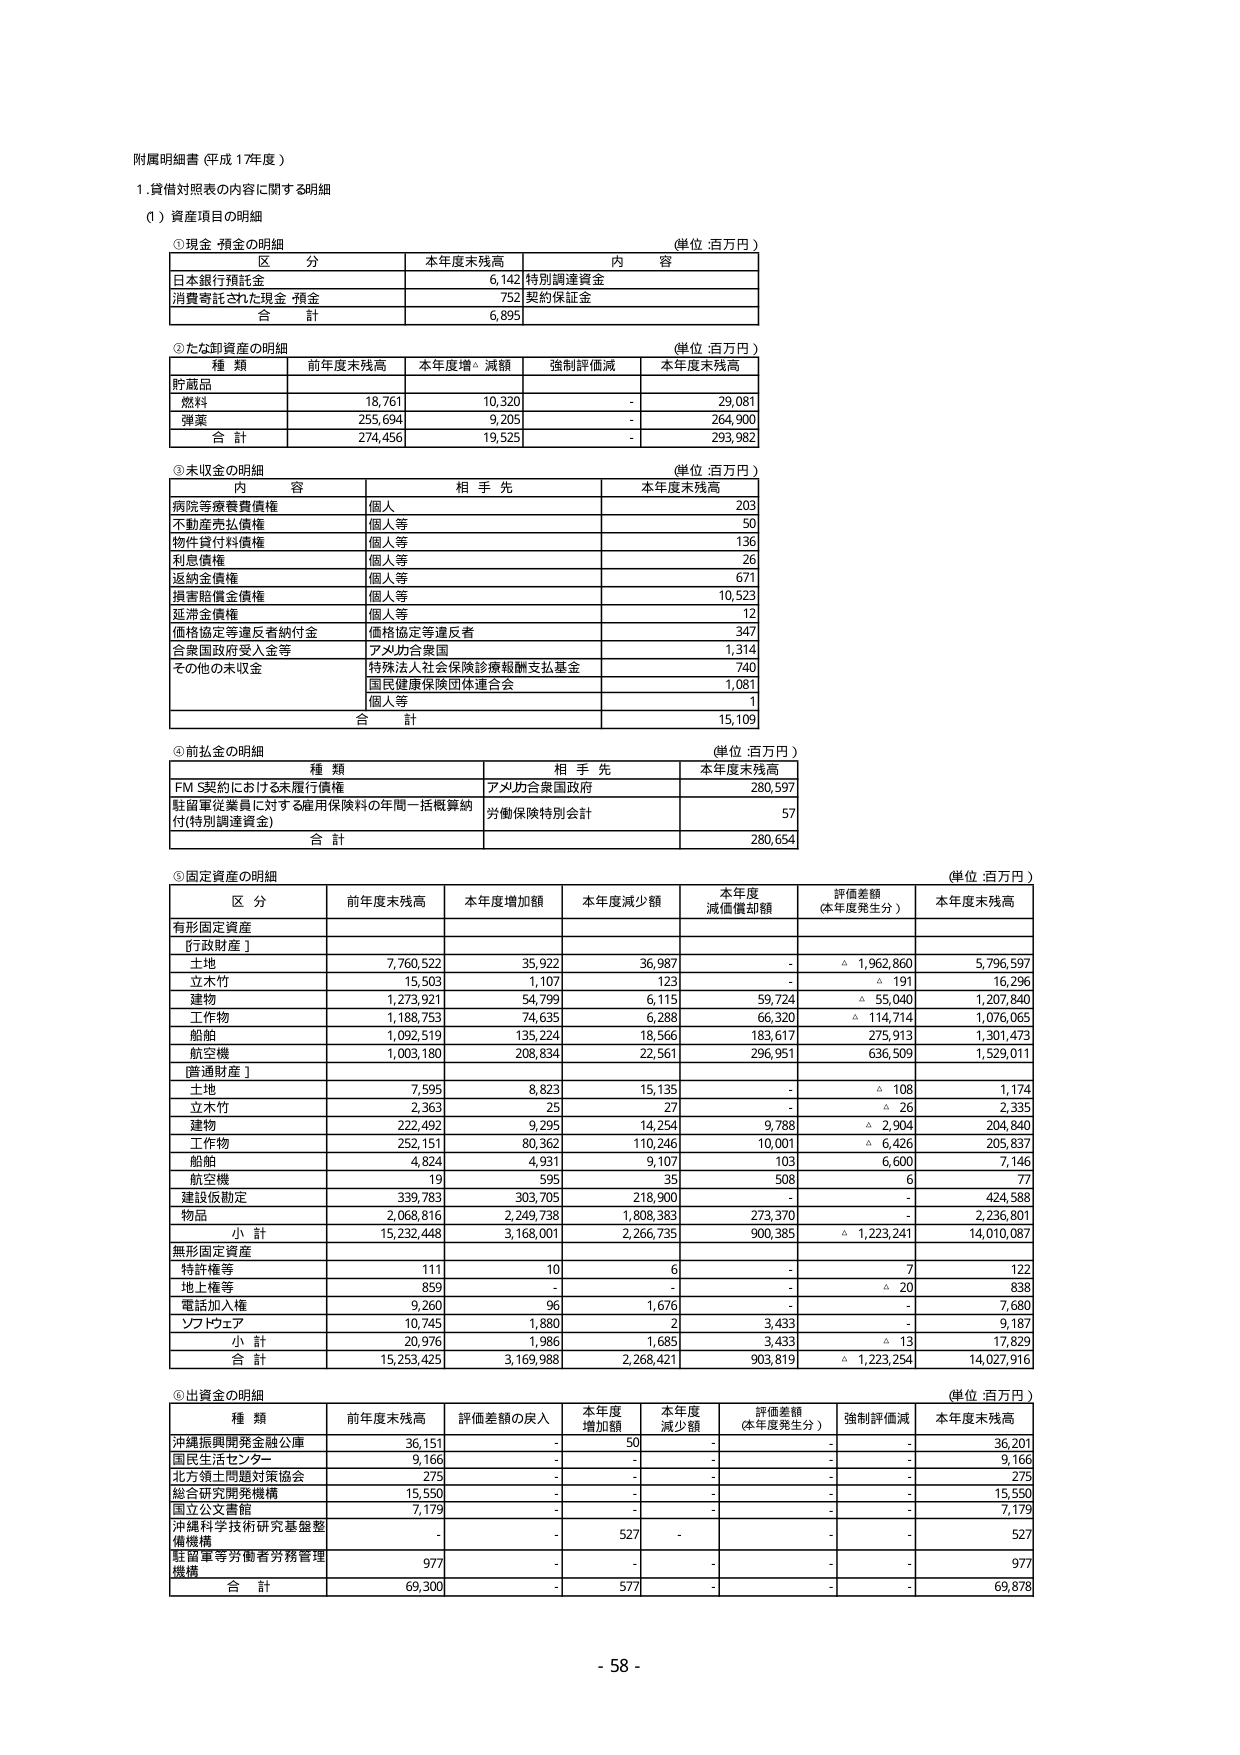
附属明細書（平成17年度）

1. 貸借対照表の内容に関する明細

（1）資産項目の明細

①現金・預金の明細
（単位：百万円）

区 分　　　　　　　　　　本年度末残高　　　　　内 容
日本銀行預託金　　　　　　6,142　　　　　　　特別調達資金
消費寄託された現金・預金　752　　　　　　　　契約保証金
合 計　　　　　　　　　　6,895

②たな卸資産の明細
（単位：百万円）

種 類　　　　　前年度末残高　　本年度増・減額　　強制評価減　　本年度末残高
貯蔵品
　燃料　　　　　18,761　　　　10,320　　　　　-　　　　　　29,081
　弾薬　　　　　255,694　　　　9,205　　　　　-　　　　　　264,900
合 計　　　　　274,456　　　　19,525　　　　　-　　　　　　293,982

③未収金の明細
（単位：百万円）

内 容　　　　　　　　　　相 手 先　　　　　　本年度末残高
病院等療養費債権　　　　　個人　　　　　　　　203
不動産売払債権　　　　　　個人等　　　　　　50
物件貸付料債権　　　　　　個人等　　　　　　136
利息債権　　　　　　　　　個人等　　　　　　26
返納金債権　　　　　　　　個人等　　　　　　671
損害賠償金債権　　　　　　個人等　　　　　　10,523
延滞金債権　　　　　　　　個人等　　　　　　12
価格協定等違反者納付金　　価格協定等違反者　　347
合衆国政府受入金等　　　　アメリカ合衆国　　　1,314
その他の未収金
　特殊法人社会保険診療報酬支払基金　　　　　　740
　国民健康保険団体連合会　　　　　　　　　　　1,081
　個人等　　　　　　　　　　　　　　　　　　　1
合 計　　　　　　　　　　　　　　　　　　　　15,109

④前払金の明細
（単位：百万円）

種 類　　　　　　　　　　　　　　　　　相 手 先　　　　　　本年度末残高
FM S契約における未履行債権　　　　　アメリカ合衆国政府　　　280,597
駐留軍従業員に対する雇用保険料の年間一括概算納付（特別調達資金）　労働保険特別会計　　57
合 計　　　　　　　　　　　　　　　　　　　　　　　　　　　　280,654

⑤固定資産の明細
（単位：百万円）

区 分　　　　　　　前年度末残高　　本年度増加額　　本年度減少額　　本年度減価償却額　　評価差額（本年度発生分）　　本年度末残高
有形固定資産
　［行政財産］
　　土地　　　　　　7,760,522　　　35,922　　　　36,987　　　　-　　　　　　△ 1,962,860　　　　5,796,597
　　立木竹　　　　　15,503　　　　　1,107　　　　　123　　　　　-　　　　　　△ 191　　　　　　16,296
　　建物　　　　　　1,273,921　　　54,799　　　　6,115　　　　59,724　　　　△ 55,040　　　　1,207,840
　　工作物　　　　　1,188,753　　　74,635　　　　6,288　　　　66,320　　　　△ 114,714　　　　1,076,065
　　船舶　　　　　　1,092,519　　　135,224　　　18,566　　　183,617　　　　275,913　　　　1,301,473
　　航空機　　　　　1,003,180　　　208,834　　　22,561　　　296,951　　　　636,509　　　　1,529,011
　［普通財産］
　　土地　　　　　　7,595　　　　　8,823　　　　15,135　　　　-　　　　　　△ 108　　　　　　1,174
　　立木竹　　　　　2,363　　　　　25　　　　　　27　　　　　-　　　　　　△ 26　　　　　　2,335
　　建物　　　　　　222,492　　　　9,295　　　　14,254　　　　9,788　　　　△ 2,904　　　　204,840
　　工作物　　　　　252,151　　　　80,362　　　110,246　　　10,001　　　　△ 6,426　　　　205,837
　　船舶　　　　　　4,824　　　　　4,931　　　　9,107　　　　103　　　　　　6,600　　　　　7,146
　　航空機　　　　　19　　　　　　595　　　　　35　　　　　508　　　　　　6　　　　　　　77
　　建設仮勘定　　　339,783　　　　303,705　　　218,900　　　-　　　　　　-　　　　　　424,588
　　物品　　　　　　2,068,816　　　2,249,738　　　1,808,383　　　273,370　　　　-　　　　　　2,236,801
　　　小 計　　　　15,232,448　　　3,168,001　　　2,266,735　　　900,385　　　　△ 1,223,241　　　14,010,087
無形固定資産
　　特許権等　　　　111　　　　　　10　　　　　　6　　　　　　-　　　　　　7　　　　　　　122
　　地上権等　　　　859　　　　　　-　　　　　　-　　　　　　-　　　　　　△ 20　　　　　　838
　　電話加入権　　　9,260　　　　　96　　　　　　1,676　　　　-　　　　　　-　　　　　　7,680
　　ソフトウェア　　10,745　　　　1,880　　　　　2　　　　　　3,433　　　　-　　　　　　9,187
　　　小 計　　　　20,976　　　　1,986　　　　1,685　　　　3,433　　　　△ 13　　　　　　17,829
合 計　　　　　　15,253,425　　　3,169,988　　　2,268,421　　　903,819　　　　△ 1,223,254　　　14,027,916

⑥出資金の明細
（単位：百万円）

種 類　　　　　　　前年度末残高　　評価差額の戻入　　本年度増加額　　本年度減少額　　評価差額（本年度発生分）　　強制評価減　　本年度末残高
沖縄振興開発金融公庫　　　36,151　　　　-　　　　　　50　　　　　　-　　　　　　-　　　　　　-　　　　　　36,201
国民生活センター　　　　　9,166　　　　-　　　　　　-　　　　　　-　　　　　　-　　　　　　-　　　　　　9,166
北方領土問題対策協会　　　275　　　　-　　　　　　-　　　　　　-　　　　　　-　　　　　　-　　　　　　275
総合研究開発機構　　　　15,550　　　　-　　　　　　-　　　　　　-　　　　　　-　　　　　　-　　　　　　15,550
国立公文書館　　　　　　7,179　　　　-　　　　　　-　　　　　　-　　　　　　-　　　　　　-　　　　　　7,179
沖縄科学技術研究基盤整備機構　　　-　　　　-　　　　　　527　　　　　-　　　　　　-　　　　　　-　　　　　　527
駐留軍等労働者労務管理機構　　　977　　　　-　　　　　　-　　　　　　-　　　　　　-　　　　　　-　　　　　　977
合 計　　　　　　　　69,300　　　　-　　　　　　577　　　　　-　　　　　　-　　　　　　-　　　　　　69,878

- 58 -